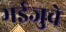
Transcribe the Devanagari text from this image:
भईजुवे